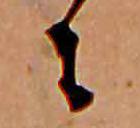
に